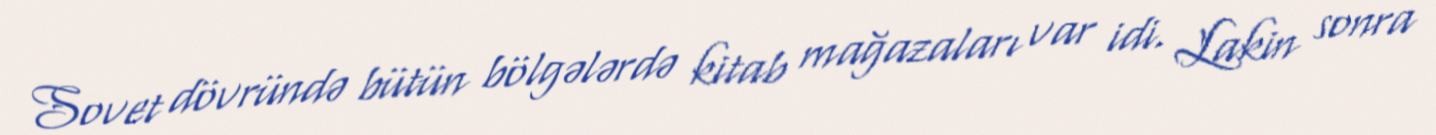
Sovet dövründə bütün bölgələrdə kitab mağazaları var idi. Lakin sonra